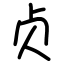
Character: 贞